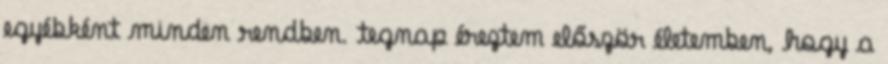
egyébként minden rendben. tegnap éreztem először életemben, hogy a